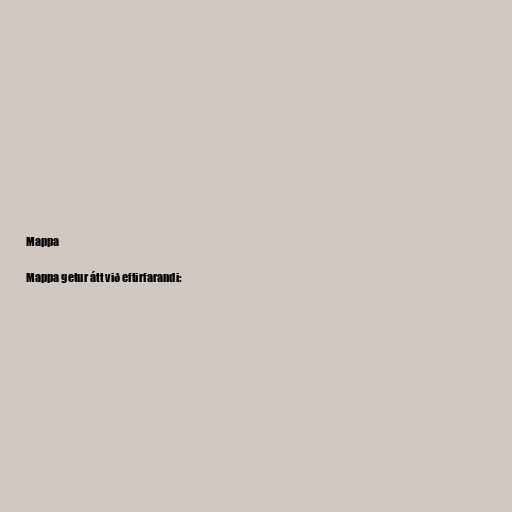
Mappa

Mappa getur átt við eftirfarandi: